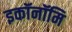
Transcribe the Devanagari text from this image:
इकॉनॉमि